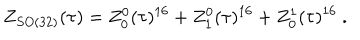
LaTeX: Z _ { S O ( 3 2 ) } ( \tau ) = Z _ { 0 } ^ { 0 } ( \tau ) ^ { 1 6 } + Z _ { 1 } ^ { 0 } ( \tau ) ^ { 1 6 } + Z _ { 0 } ^ { 1 } ( \tau ) ^ { 1 6 } \ .